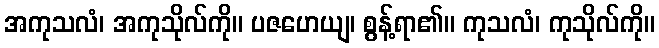
အကုသလံ၊ အကုသိုလ်ကို။ ပဇဟေယျ၊ စွန့်ရာ၏။ ကုသလံ၊ ကုသိုလ်ကို။